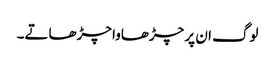
لوگ ان پر چڑھاوا چڑھاتے۔